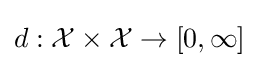
d:{\mathcal {X}}\times {\mathcal {X}}\to [0,\infty ]